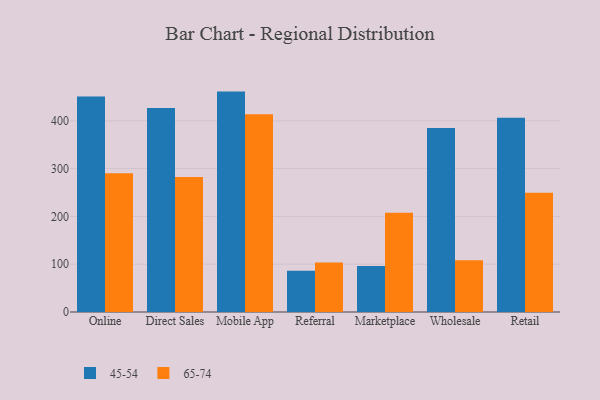
{"axis": {"x": "Channel", "y": "Population (Million)"}, "legend": ["45-54", "65-74"], "data": [{"x": "Online", "y": 450.7, "type": "45-54"}, {"x": "Online", "y": 290.3, "type": "65-74"}, {"x": "Direct Sales", "y": 427.0, "type": "45-54"}, {"x": "Direct Sales", "y": 282.6, "type": "65-74"}, {"x": "Mobile App", "y": 461.1, "type": "45-54"}, {"x": "Mobile App", "y": 413.7, "type": "65-74"}, {"x": "Referral", "y": 86.1, "type": "45-54"}, {"x": "Referral", "y": 103.7, "type": "65-74"}, {"x": "Marketplace", "y": 96.0, "type": "45-54"}, {"x": "Marketplace", "y": 207.6, "type": "65-74"}, {"x": "Wholesale", "y": 384.9, "type": "45-54"}, {"x": "Wholesale", "y": 108.4, "type": "65-74"}, {"x": "Retail", "y": 406.6, "type": "45-54"}, {"x": "Retail", "y": 249.7, "type": "65-74"}]}